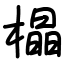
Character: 橸